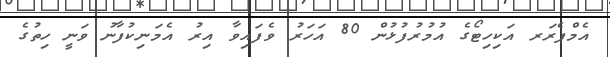
އެމްޕެރަރ އަކިހިޓޯގެ އުމުރުފުޅުން 80 އަހަރު ވެފައިވާ އިރު އެމަނިކުފާނު ވަނީ ހިތުގެ